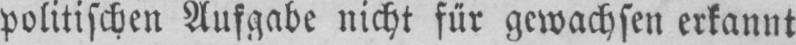
politischen Aufgabe nicht für gewachsen erkannt